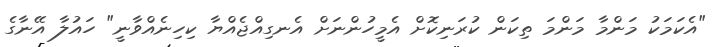
"އެކަމަކު މަންމާ މަންމަ ތިކަން ކުރަނިކޮށް އެމީހުންނަށް އެނގިއްޖެއްޔާ ކިހިނެއްވާނީ" ހައުލާ އޭނާގެ